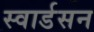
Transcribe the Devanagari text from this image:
स्वार्डसन